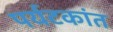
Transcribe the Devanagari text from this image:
पर्यटकांत